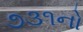
૭૩૧નો